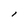
Character: l